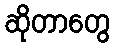
ဆိုတာတွေ